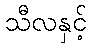
သီလနှင့်